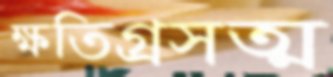
ক্ষতিগ্রসত্ম